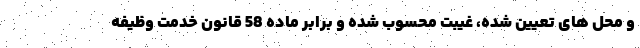
و محل های تعیین شده، غیبت محسوب شده و برابر ماده 58 قانون خدمت وظیفه